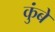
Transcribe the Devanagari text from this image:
कुंबे